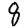
Digit: 8